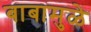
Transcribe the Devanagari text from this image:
बाबामुळे